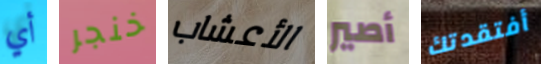
أي خنجر الأعشاب أصير أفتقدتك